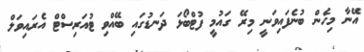
އޭނާ މިހެން ބުނެފައިވަނީ މިރޭ ގަައުމީ ފުޓްބޯޅަ ދަނޑުގައި ބޭއްވި ޓުއަރިސްޓް އެރައިވަލް